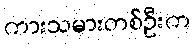
ကားသမားတစ်ဦးက